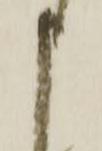
申